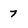
Character: 7